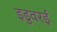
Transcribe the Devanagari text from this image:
इडुवरई